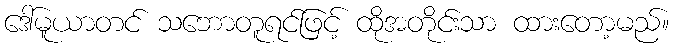
ဒေါ်မူယာတင် သဘောတူရင်ဖြင့် ထိုအတိုင်းသာ ထားတော့မည်။